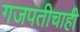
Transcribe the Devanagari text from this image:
गजपतीचाही